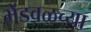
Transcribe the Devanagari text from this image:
भेंडवळच्या